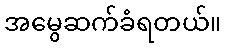
အမွေဆက်ခံရတယ်။